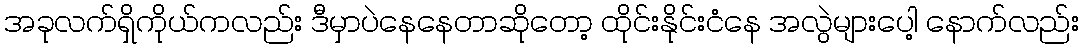
အခုလက်ရှိကိုယ်ကလည်း ဒီမှာပဲနေနေတာဆိုတော့ ထိုင်းနိုင်းငံနေ အလွဲများပေါ့ နောက်လည်း